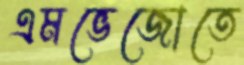
এমভেজোতে